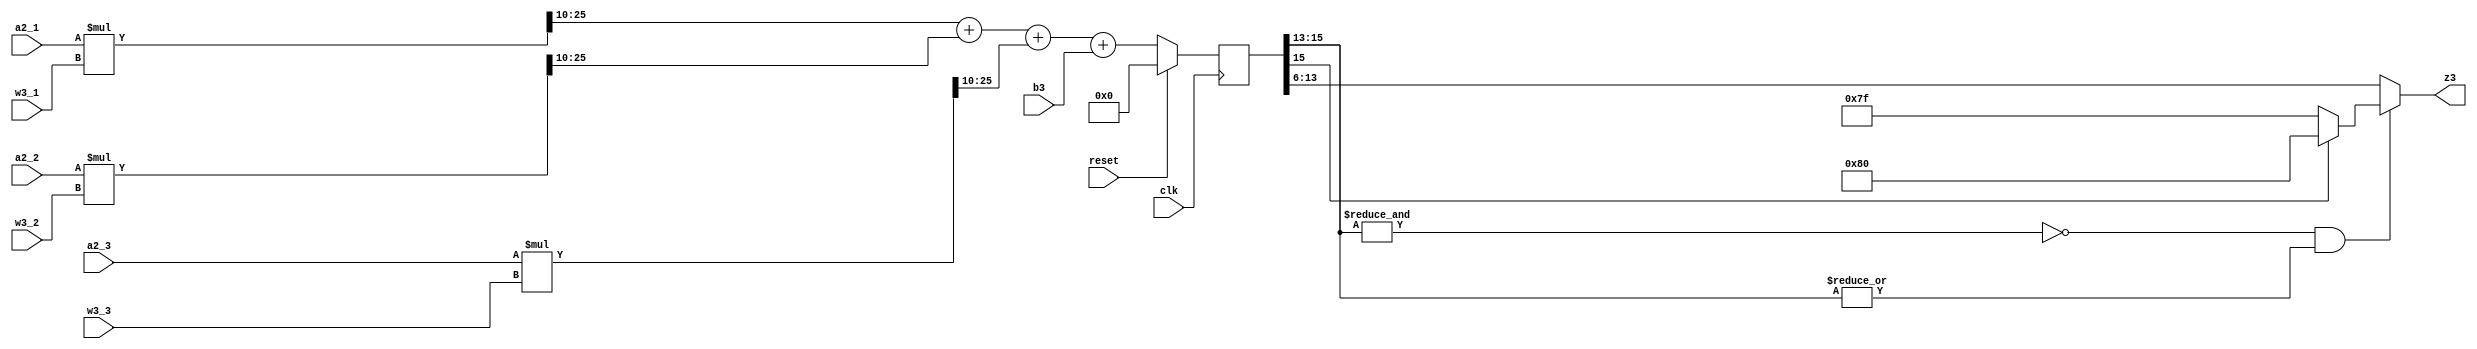
`timescale 1ns / 1ps
//////////////////////////////////////////////////////////////////////////////////
// Company: Kyushu Institute of Technology
// 
// Design Name: Neural Network (using backpropagation)
// Module Name:    z3
// Project Name: LSI Design Contest in Okinawa 2018
// Target Devices: 
// Tool versions: 
//
// Description: 
// 	    Calculation of 3 input (a2) and 1 output (z3)
// Input:
//		a2_i	: 16 bits 00_0000.0000_0000_00 signed 	: input data (i=1,2,3)
//		b3		: 16 bits 00_0000.0000_0000_00 signed	: bias value
//		w3_i	: 16 bits 00_0000.0000_0000_00 signed 	: weight value (i=1,2,3)
//		clk	    : 1 bit
//		reset	: 1 bit : high active
// Output: 
//		z3		: 8 bits 0000.0000 : output value
// Latency: 1 clk
// 
// Dependencies: 
//
// Revision: 
// Revision 0.01 - File Created
// Name : date : what changed
// Additional Comments: 
//
//////////////////////////////////////////////////////////////////////////////////
module z3(clk, reset, a2_1, a2_2, a2_3, w3_1, w3_2, w3_3, b3, z3);

input clk;
input reset;
input signed [15:0] a2_1, a2_2, a2_3;				    //w input from hidden layer
input signed [15:0] w3_1, w3_2, w3_3;				    //owd		weight of third layer
input signed [15:0] b3;									//owoCAX	bias of third layer
output signed [7:0] z3;									//owo		output of third layer

reg signed [31:0] net1, net2, net3;
reg signed [15:0] z3_tmp;
wire saturation;

always @(posedge clk)
	begin
	//unsynchronized reset
	if (reset==1)
		begin
			net1=0;
			net2=0;
			net3=0;
			z3_tmp=0;
		end
	else
		begin
			net1= a2_1*w3_1;
			net2= a2_2*w3_2;
			net3= a2_3*w3_3;
			z3_tmp = (net1[25:10] + net2[25:10] + net3[25:10] + b3);//[55:24]
		end
	end
		//z3 with saturation
		assign saturation = ~&z3_tmp[15:13] & |z3_tmp[15:13];
		assign z3 = ~saturation ? z3_tmp[13:6] : (z3_tmp[15] ? 8'b1000_0000 : 8'b0111_1111);

        //z3 without saturation
		//assign z3 = z3_tmp[13:6];

endmodule